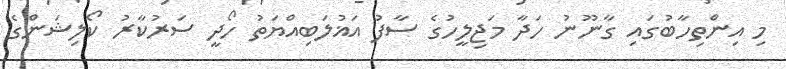
މި އިންތިހާބުގައި ގާނޫނު ހަދާ މަޖިލީހުގެ ސާފު އަޣުލަބިއްޔަތު ހޯދީ ސަރުކާރު ކޯލިޝަންގެ